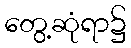
တွေ့ဆုံရာ၌